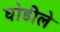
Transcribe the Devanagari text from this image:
घोडीले